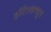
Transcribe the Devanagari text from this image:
हॉटेल्समधून